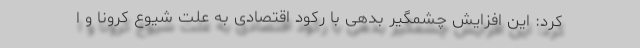
کرد: این افزایش چشمگیر بدهی با رکود اقتصادی به علت شیوع کرونا و ا